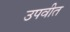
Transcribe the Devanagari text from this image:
उपवीत